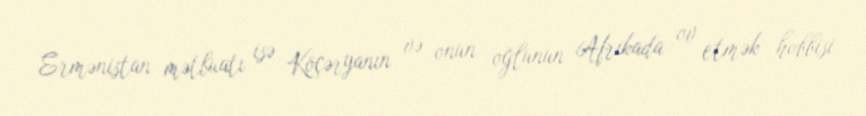
Ermənistan mətbuatı isə Köçəryanın və onun oğlunun Afrikada ov etmək hobbisi